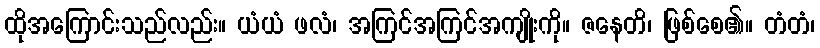
ထိုအကြောင်းသည်လည်း။ ယံယံ ဖလံ၊ အကြင်အကြင်အကျိုးကို။ ဇနေတိ၊ ဖြစ်စေ၏။ တံတံ၊